Senior Leaving Certificate Examination (including Day School Certificate (Higher) General paper), 1950
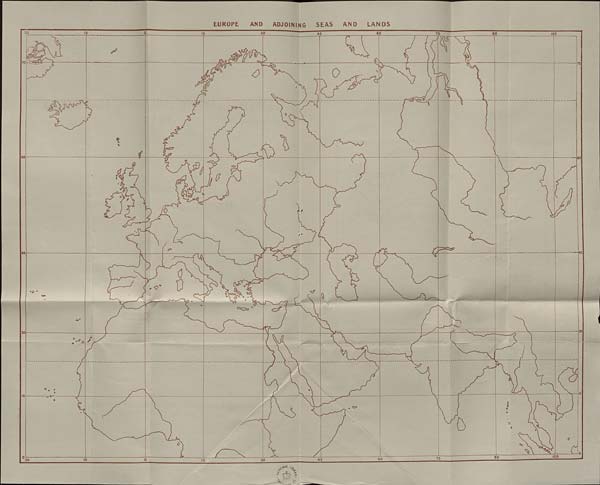
EUROPE
AND
ADJOINING
SEAS
AND
LANDS
30
30
75
105
□
&
V'bO
l C-*Ky
0
60
$
<o
(!
9
$
(?
45
0
<0
Cf
^7
30
CJ7
105
30
30
.HAL /
< .,vS«, >•
i.
.14